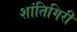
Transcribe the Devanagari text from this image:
शांतिगिरी